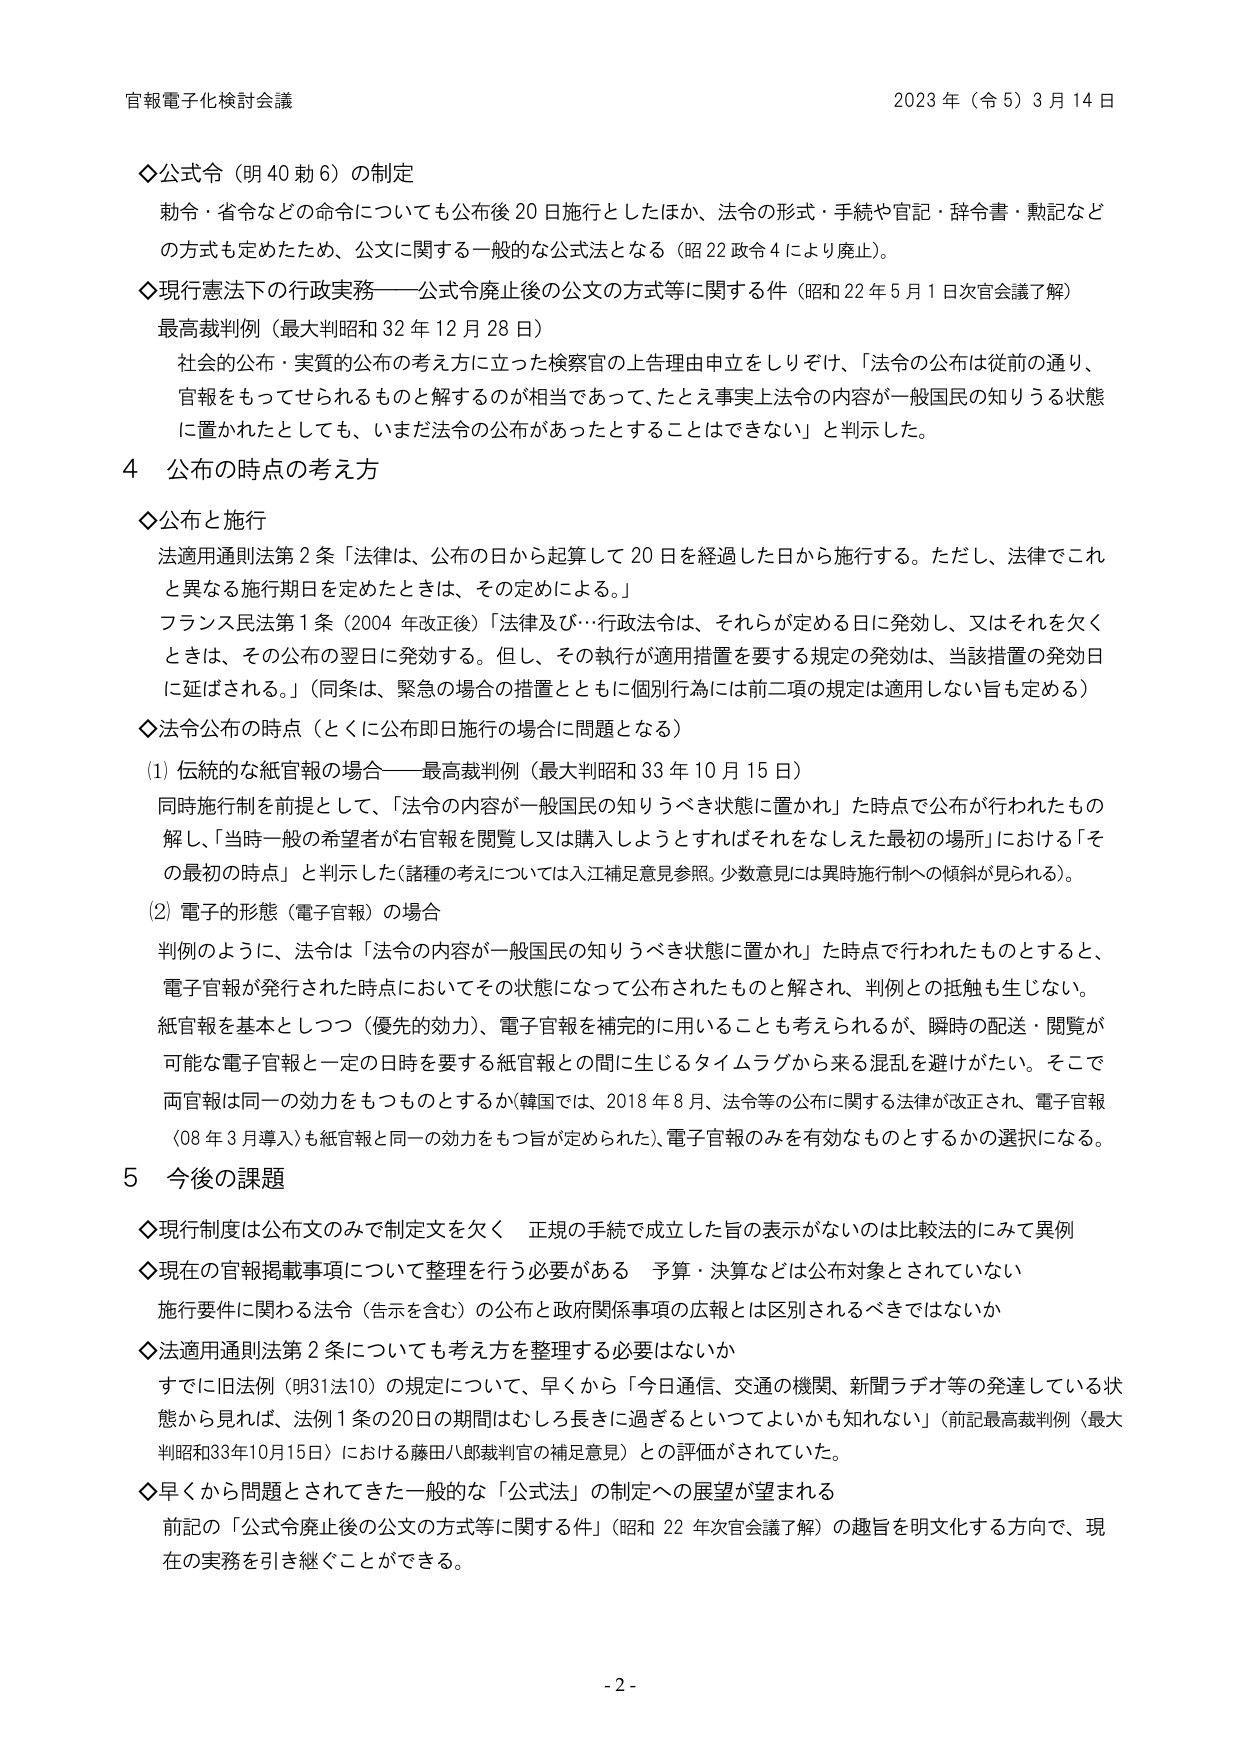
官報電子化検討会議 2023年（令5）3月14日

◇公式令（明40勅6）の制定
勅令・省令などの命令についても公布後20日施行としたほか、法令の形式・手続や官記・辞令書・勲記などの方式も定めたため、公文に関する一般的な公式法となる（昭22政令4により廃止）。

◇現行憲法下の行政実務——公式令廃止後の公文の方式等に関する件（昭和22年5月1日次官会議了解）
最高裁判例（最大判昭和32年12月28日）
社会的公布・実質的公布の考え方に立った検察官の上告理由申立をしりぞけ、「法令の公布は従前の通り、官報をもってせられるものと解するのが相当であって、たとえ事実上法令の内容が一般国民の知りうる状態に置かれたとしても、いまだ法令の公布があったとするることはできない」と判示した。

4 公布の時点の考え方

◇公布と施行
法適用通則法第2条「法律は、公布の日から起算して20日を経過した日から施行する。ただし、法律でこれと異なる施行期日を定めたときは、その定めによる。」
フランス民法第1条（2004年改正後）「法律及び…行政法令は、それらが定める日に発効し、又はそれを欠くときは、その公布の翌日に発効する。但し、その執行が適用措置を要する規定の発効は、当該措置の発効日に延ばされる。」（同条は、緊急の場合の措置とともに個別行為には前二項の規定は適用しない旨も定める）

◇法令公布の時点（とくに公布即日施行の場合に問題となる）
(1) 伝統的な紙官報の場合——最高裁判例（最大判昭和33年10月15日）
同時施行制を前提として、「法令の内容が一般国民の知りうべき状態に置かれ」た時点で公布が行われたもの解し、「当時一般の希望者が右官報を閲覧し又は購入しようとするればそれをなしえた最初の場所」における「その最初の時点」と判示した（諸種の考えについては入江補足意見参照。少数意見には異時施行制への傾斜が見られる）。
(2) 電子的形態（電子官報）の場合
判例のように、法令は「法令の内容が一般国民の知りうべき状態に置かれ」た時点で行われたものとすると、電子官報が発行された時点においてその状態になって公布されたものと解され、判例との抵触も生じない。
紙官報を基本としつつ（優先的効力）、電子官報を補完的に用いることも考えられるが、瞬時の配送・閲覧が可能な電子官報と一定の日時を要する紙官報との間に生じるタイムラグから来る混乱を避けがたい。そこで両官報は同一の効力をもつものとするか（韓国では、2018年8月、法令等の公布に関する法律が改正され、電子官報（08年3月導入）も紙官報と同一の効力をもつ旨が定められた）、電子官報のみを有効なものとするかの選択になる。

5 今後の課題

◇現行制度は公布文のみで制定文を欠く 正規の手続で成立した旨の表示がないのは比較法的にみて異例
◇現在の官報掲載事項について整理を行う必要がある 予算・決算などは公布対象とされていない
施行要件に関する法令（告示を含む）の公布と政府関係事項の広報とは区別されるべきではないか
◇法適用通則法第2条についても考え方を整理する必要はないか
すでに旧法例（明31法10）の規定について、早くから「今日通信、交通の機関、新聞ラヂオ等の発達している状態から見れば、法例1条の20日の期間はむしろ長きに過ぎるといってよいかも知れない」（前記最高裁判例（最大判昭和33年10月15日）における藤田八郎裁判官の補足意見）との評価がされていた。
◇早くから問題とされてきた一般的な「公式法」の制定への展望が望まれる
前記の「公式令廃止後の公文の方式等に関する件」（昭和22年次官会議了解）の趣旨を明文化する方向で、現在の実務を引き継ぐことができる。

- 2 -